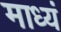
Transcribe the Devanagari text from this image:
माध्यं